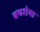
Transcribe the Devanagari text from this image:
बथशेबा